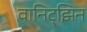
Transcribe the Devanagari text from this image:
वानिट्झिन